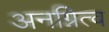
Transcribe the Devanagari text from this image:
अनग्नित्व